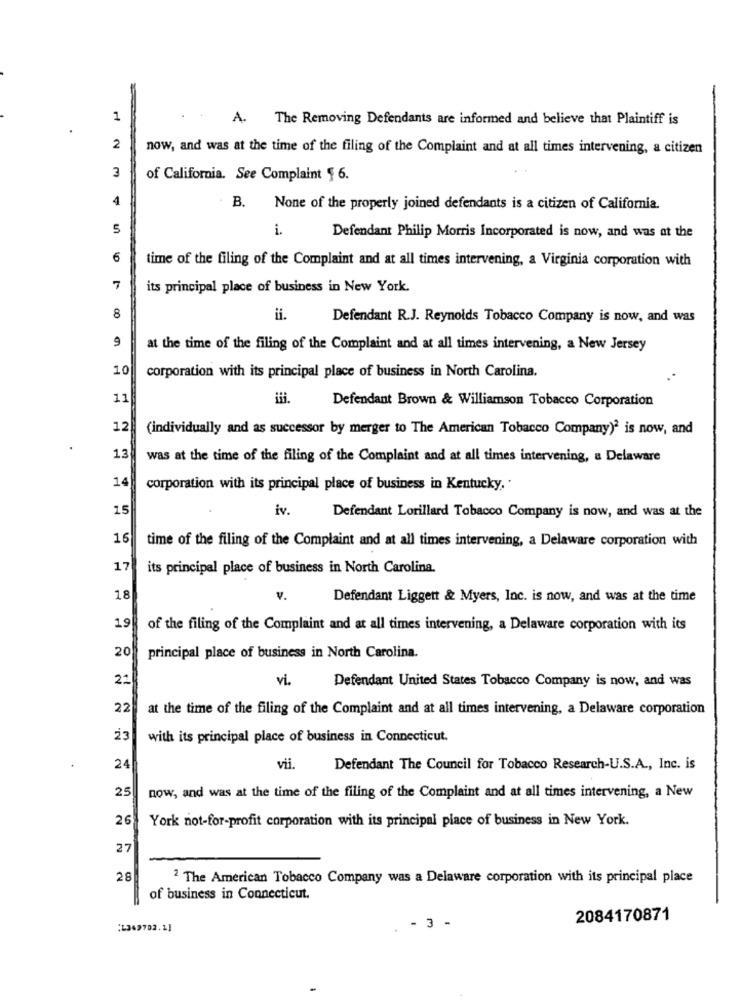
1
A. The Removing Defendants are informed and believe that Plaintiff is
2
now, and was at the time of the filing of the Complaint and at all times intervening, a citizen
3
of California. See Complaint § 6.
4
B. None of the properly joined defendants is a citizen of California.
5
i.
Defendant Philip Morris Incorporated is now, and was at the
6
time of the filing of the Complaint and at all times intervening, a Virginia corporation with
7
its principal place of business in New York.
8
ii.
Defendant R.J. Reynolds Tobacco Company is now, and was
9
at the time of the filing of the Complaint and at all times intervening, a New Jersey
10
corporation with its principal place of business in North Carolina.
11
Defendant Brown & Williamson Tobacco Corporation
12
(individually and as successor by merger to The American Tobacco Company)? is now, and
13
was at the time of the filing of the Complaint and at all times intervening, a Delaware
14
corporation with its principal place of business in Kentucky, .
15
iv.
Defendant Lorillard Tobacco Company is now, and was at the
15
time of the filing of the Complaint and at all times intervening, a Delaware corporation with
17
its principal place of business in North Carolina.
18
v.
Defendant Liggett & Myers, Inc. is now, and was at the time
19
of the filing of the Complaint and at all times intervening, a Delaware corporation with its
20
principal place of business in North Carolina.
21
vi.
Defendant United States Tobacco Company is now, and was
22
at the time of the filing of the Complaint and at all times intervening, a Delaware corporation
with its principal place of business in Connecticut.
24
vii.
Defendant The Council for Tobacco Research-U.S.A ., Inc. is
25
now, and was at the time of the filing of the Complaint and at all times intervening, a New
26
York not-for-profit corporation with its principal place of business in New York.
27
28
2 The American Tobacco Company was a Delaware corporation with its principal place
of business in Connecticut.
2084170871
:L369702.1]
. - 3 -